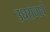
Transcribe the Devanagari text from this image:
उधराधार्थ